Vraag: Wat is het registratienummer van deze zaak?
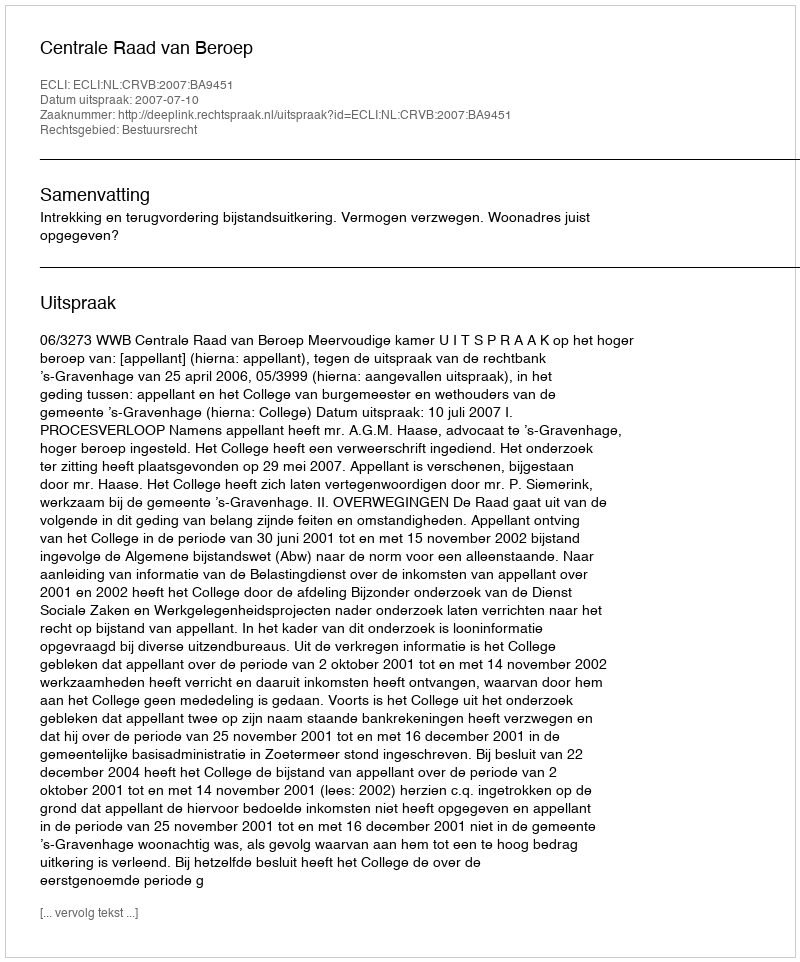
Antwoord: http://deeplink.rechtspraak.nl/uitspraak?id=ECLI:NL:CRVB:2007:BA9451